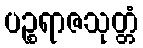
ပဉ္စရာဇသုတ္တံ